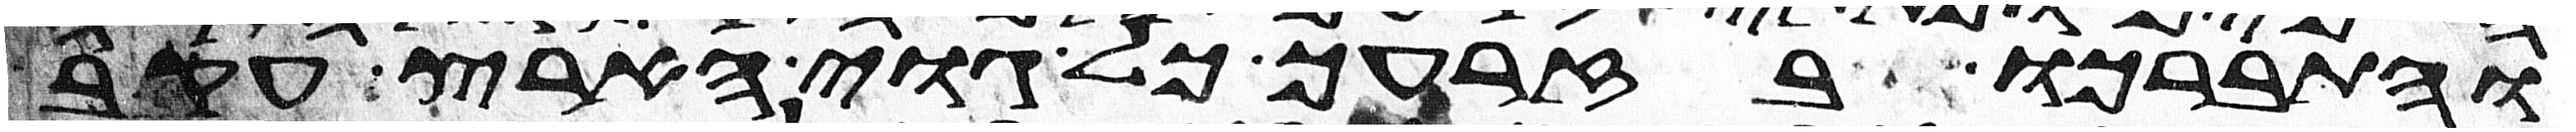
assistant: והתברכו בזרעך כל גוי הארץ עקב